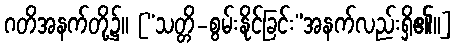
ဂတိအနက်တို့၌။ [“သတ္တိ-စွမ်းနိုင်ခြင်း”အနက်လည်းရှိ၏၊၊]